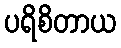
ပရိစိတာယ